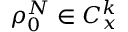
\rho _ { 0 } ^ { N } \in C _ { x } ^ { k }